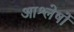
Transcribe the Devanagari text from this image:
आश्लेषों